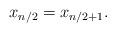
LaTeX: \begin{align*}x_{n/2}=x_{n/2+1}. \end{align*}